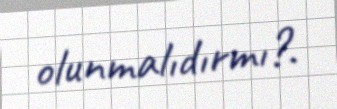
olunmalıdırmı?.